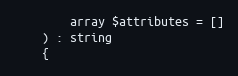
Language: PHP
        array $attributes = []
    ) : string
    {